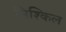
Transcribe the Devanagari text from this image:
मिश्किल